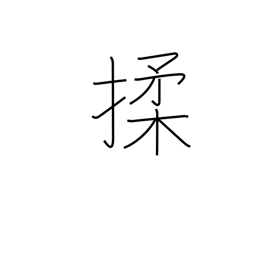
Meaning: massage